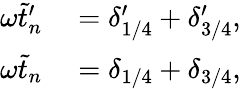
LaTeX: \begin{array}{rl}{\omega\tilde{t}_{n}^{\prime}}&{{}=\delta_{1/4}^{\prime}+\delta_{3/4}^{\prime},}\\ {\omega\tilde{t}_{n}}&{{}=\delta_{1/4}+\delta_{3/4},}\end{array}